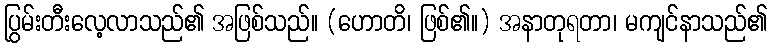
ပြွမ်းတီးလေ့လာသည်၏ အဖြစ်သည်။ (ဟောတိ၊ ဖြစ်၏။) အနာတုရတာ၊ မကျင်နာသည်၏